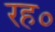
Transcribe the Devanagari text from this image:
रह०